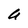
Character: U